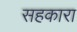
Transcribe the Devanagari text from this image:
सहकारा